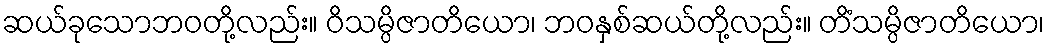
ဆယ်ခုသောဘဝတို့လည်း။ ဝိသမ္ပိဇာတိယော၊ ဘဝနှစ်ဆယ်တို့လည်း။ တိံသမ္ပိဇာတိယော၊